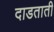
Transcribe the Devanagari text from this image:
दाडताती